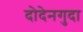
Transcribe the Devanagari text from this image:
दोदेनगुदा